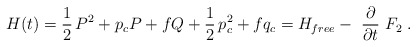
\begin{align*}H(t)={\frac 12\,}P^2+p_cP+fQ+{\frac 12\,}p_c^2+fq_c=H_{free}-{\ \frac\partial {\partial t}}~F_2\;.\end{align*}